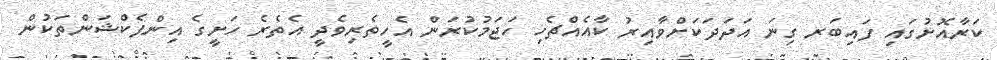
ކަރާއޮށުގައި ފައިބަރ ގިނަ އަދަދަކަށްވާއިރު ކާއެއްޗެހި ހަޖަމުކުރަން އެހީތެރިވެދީ އެތެރެ ހަށީގެ އިންފެކްޝަންތަކުން